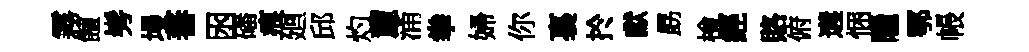
霧饘髣墁蕃囦磻痕廻邱灼麓涌拳婦你裏扵獻勗檜經賂俯遘悃隱鄂帳